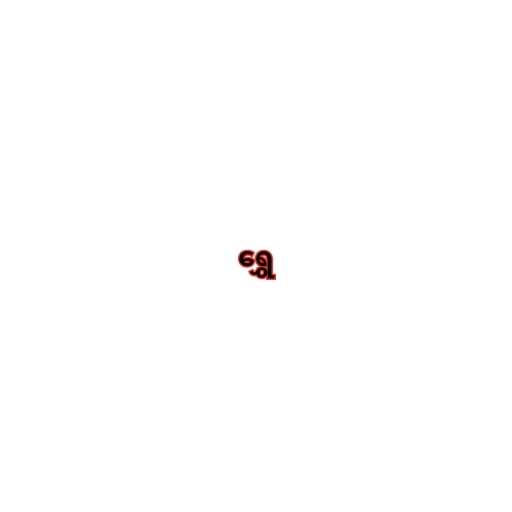
ရွှေ